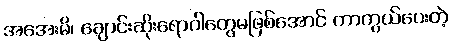
အအေးမိ၊ ချောင်းဆိုးရောဂါတွေမဖြစ်အောင် ကာကွယ်ပေးတဲ့